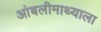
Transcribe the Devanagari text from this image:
आंबलीमाथ्याला